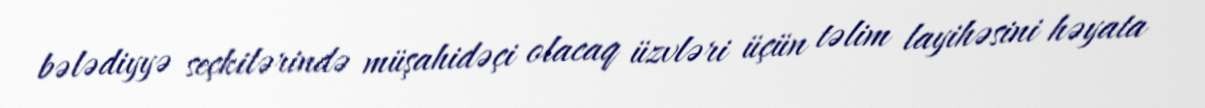
bələdiyyə seçkilərində müşahidəçi olacaq üzvləri üçün təlim layihəsini həyata